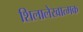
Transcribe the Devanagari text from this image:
शिलालेखात्‍मक